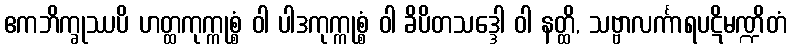
ဧကဘိက္ခုဿပိ ဟတ္ထကုက္ကုစ္စံ ဝါ ပါဒကုက္ကုစ္စံ ဝါ ခိပိတသဒ္ဒေါ ဝါ နတ္ထိ, သဗ္ဗာလင်္ကာရပဋိမဏ္ဍိတံ